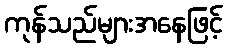
ကုန်သည်များအနေဖြင့်